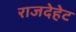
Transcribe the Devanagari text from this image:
राजदेहेट